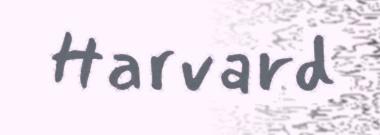
Harvard